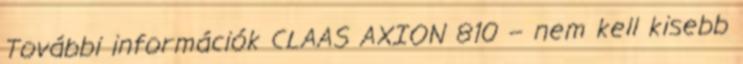
További információk CLAAS AXION 810 – nem kell kisebb